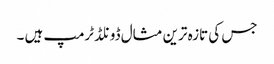
جس کی تازہ ترین مثال ڈونلڈ ٹرمپ ہیں ۔